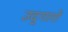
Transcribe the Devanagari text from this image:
उद्‌गारों